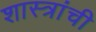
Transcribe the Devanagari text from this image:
शास्त्रांची